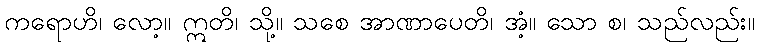
ကရောဟိ၊ လော့။ ဣတိ၊ သို့။ သစေ အာဏာပေတိ၊ အံ့။ သော စ၊ သည်လည်း။